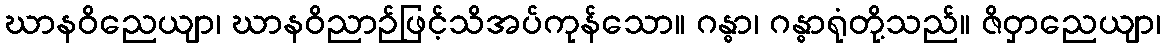
ဃာနဝိညေယျာ၊ ဃာနဝိညာဉ်ဖြင့်သိအပ်ကုန်သော။ ဂန္ဓာ၊ ဂန္ဓာရုံတို့သည်။ ဇိဝှာညေယျာ၊